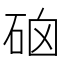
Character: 硇